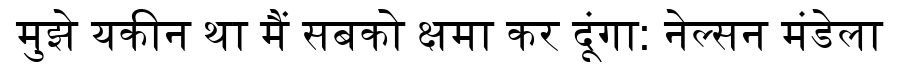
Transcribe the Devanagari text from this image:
मुझे यकीन था मैं सबको क्षमा कर दूंगा: नेल्सन मंडेला